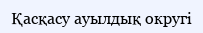
Қасқасу ауылдық округі